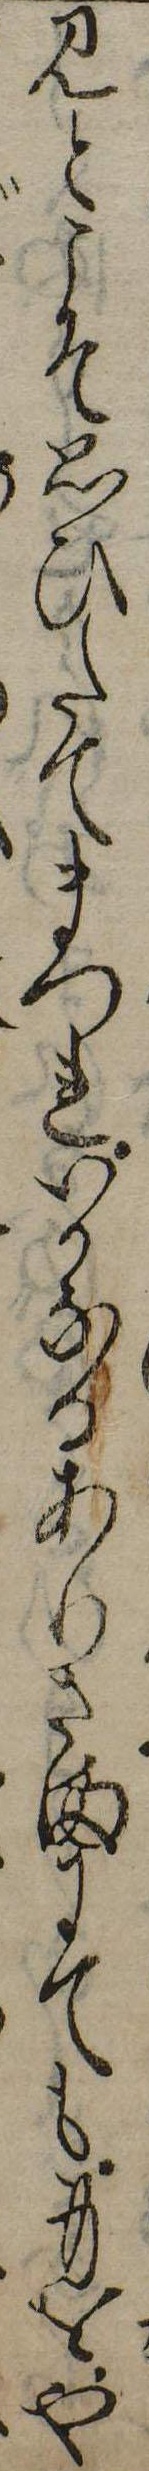
みとこそ思ひたてまつれいかなるありさまにても身をや